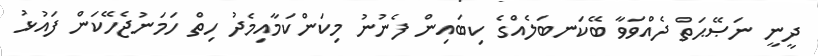
ދީނީ ނަޞޭޙަތް ދެއްވަވާ ބޭކަނބަލެއްގެ ކިބައިން ފެނުނު މިކަންކަމާއިމެދު ހިތް ހަމަނުޖެހޭކަން ފައުޅު